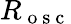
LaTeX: R_{\mathrm{~o~s~c~}}